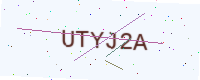
Text: UTYJ2A